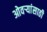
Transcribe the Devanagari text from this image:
ओवर्‍यांसाठी